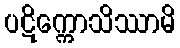
ပဋိက္ကောသိဿာမိ